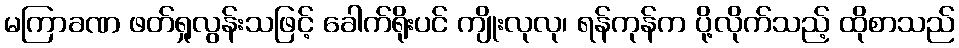
မကြာခဏ ဖတ်ရှုလွန်းသဖြင့် ခေါက်ရိုးပင် ကျိုးလုလု၊ ရန်ကုန်က ပို့လိုက်သည့် ထိုစာသည်